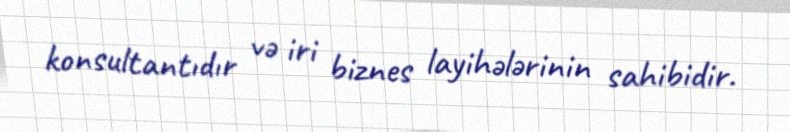
konsultantıdır və iri biznes layihələrinin sahibidir.